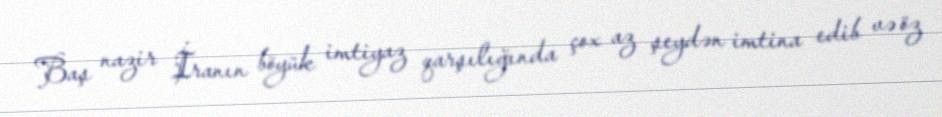
Baş nazir İranın böyük imtiyaz qarşılığında çox az şeydən imtina edib və öz